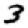
Digit: 3